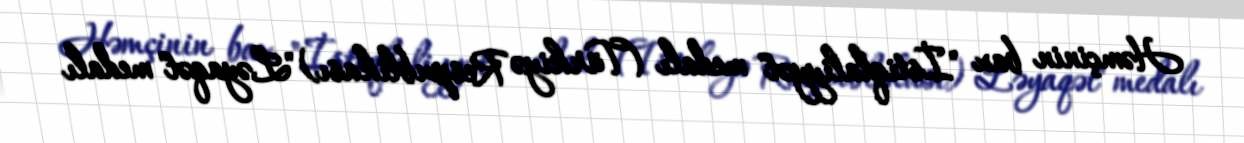
Həmçinin bax "İstiqlaliyyət" medalı (Türkiyə Respublikası) "Ləyaqət" medalı